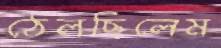
ঠেলছিলেম